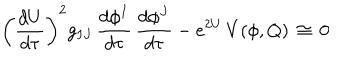
\left( \frac { d U } { d \tau } \right) ^ { 2 } g _ { I J } \, \frac { d \phi ^ { I } } { d \tau } \, \frac { d \phi ^ { J } } { d \tau } - e ^ { 2 U } \, V ( \phi , Q ) \, \cong \, 0